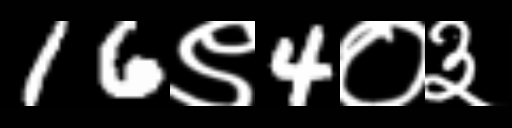
Text: 16९4०३